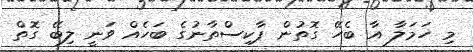
މި ހަމަލާ އާ ބެހޭ ގޮތުން ޕާކިސްތާނުގެ ބަހެއް ވަނީ ލިބޭ ގޮތް